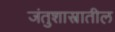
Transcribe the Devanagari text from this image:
जंतुशास्त्रातील